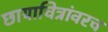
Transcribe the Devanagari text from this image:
छायाचित्रांवरच